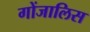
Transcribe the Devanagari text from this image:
गोंजालिस